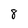
Character: 8